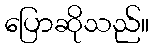
ပြောဆိုသည်။